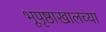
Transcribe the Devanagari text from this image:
भूपृष्ठाखालच्या